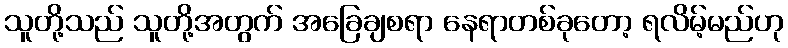
သူတို့သည် သူတို့အတွက် အခြေချစရာ နေရာတစ်ခုတော့ ရလိမ့်မည်ဟု